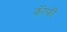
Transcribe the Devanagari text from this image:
कॅाफी